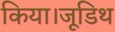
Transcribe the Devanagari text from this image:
किया।जूडिथ